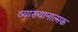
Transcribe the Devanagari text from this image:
व्याख्यानात्मक